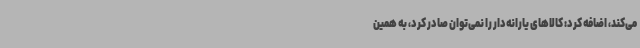
می‌کند، اضافه کرد: کالاهای یارانه‌دار را نمی‌توان صادر کرد، به همین